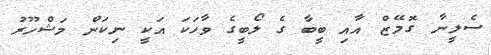
ސެލީނާ ގޮމޭޒް އާއި ބީބާ ގެ ލޯބީގެ ވާހަކަ އަކީ ނިކަން މަޝްހޫރު